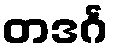
တဒင်္ဂ